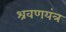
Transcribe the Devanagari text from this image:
श्रवणयंत्र